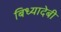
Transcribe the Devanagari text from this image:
बिध्यादेबी